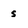
Character: s